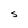
Character: S